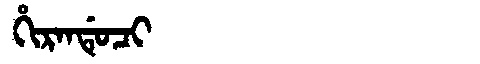
Manchu: ᡥᡳᡵᠠᠨᡩᡠᠴᡳ
Romanization: HIRANDUCI